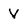
Character: V